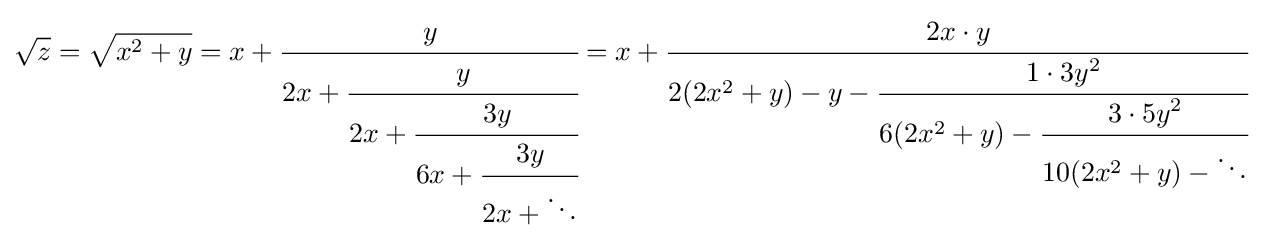
{\sqrt {z}}={\sqrt {x^{2}+y}}=x+{\cfrac {y}{2x+{\cfrac {y}{2x+{\cfrac {3y}{6x+{\cfrac {3y}{2x+\ddots }}}}}}}}=x+{\cfrac {2x\cdot y}{2(2x^{2}+y)-y-{\cfrac {1\cdot 3y^{2}}{6(2x^{2}+y)-{\cfrac {3\cdot 5y^{2}}{10(2x^{2}+y)-\ddots }}}}}}